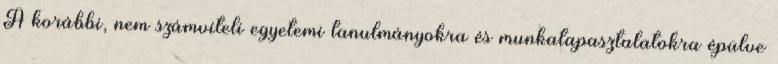
A korábbi, nem számviteli egyetemi tanulmányokra és munkatapasztalatokra épülve